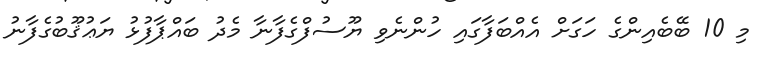
މި 10 ބޭބެއިންގެ ހަގަށް އެއްބަފާގައި ހުންނެވި ޔޫސުފްގެފާނާ މެދު ބައްޕާފުޅު ޔަޢުޤޫބުގެފާނު